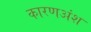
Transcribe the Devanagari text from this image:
कारणअंश